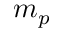
m _ { p }